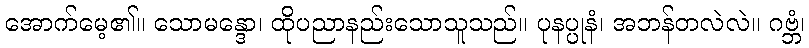
အောက်မေ့၏။ သောမန္ဒော၊ ထိုပညာနည်းသောသူသည်။ ပုနပ္ပုနံ၊ အဘန်တလဲလဲ။ ဂဗ္ဘံ၊